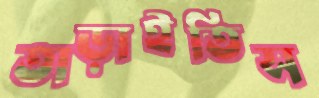
তাড়াইতিস